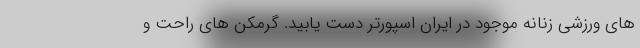
های ورزشی زنانه موجود در ایران اسپورتر دست یابید. گرمکن های راحت و